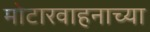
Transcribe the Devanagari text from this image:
मोटारवाहनाच्या